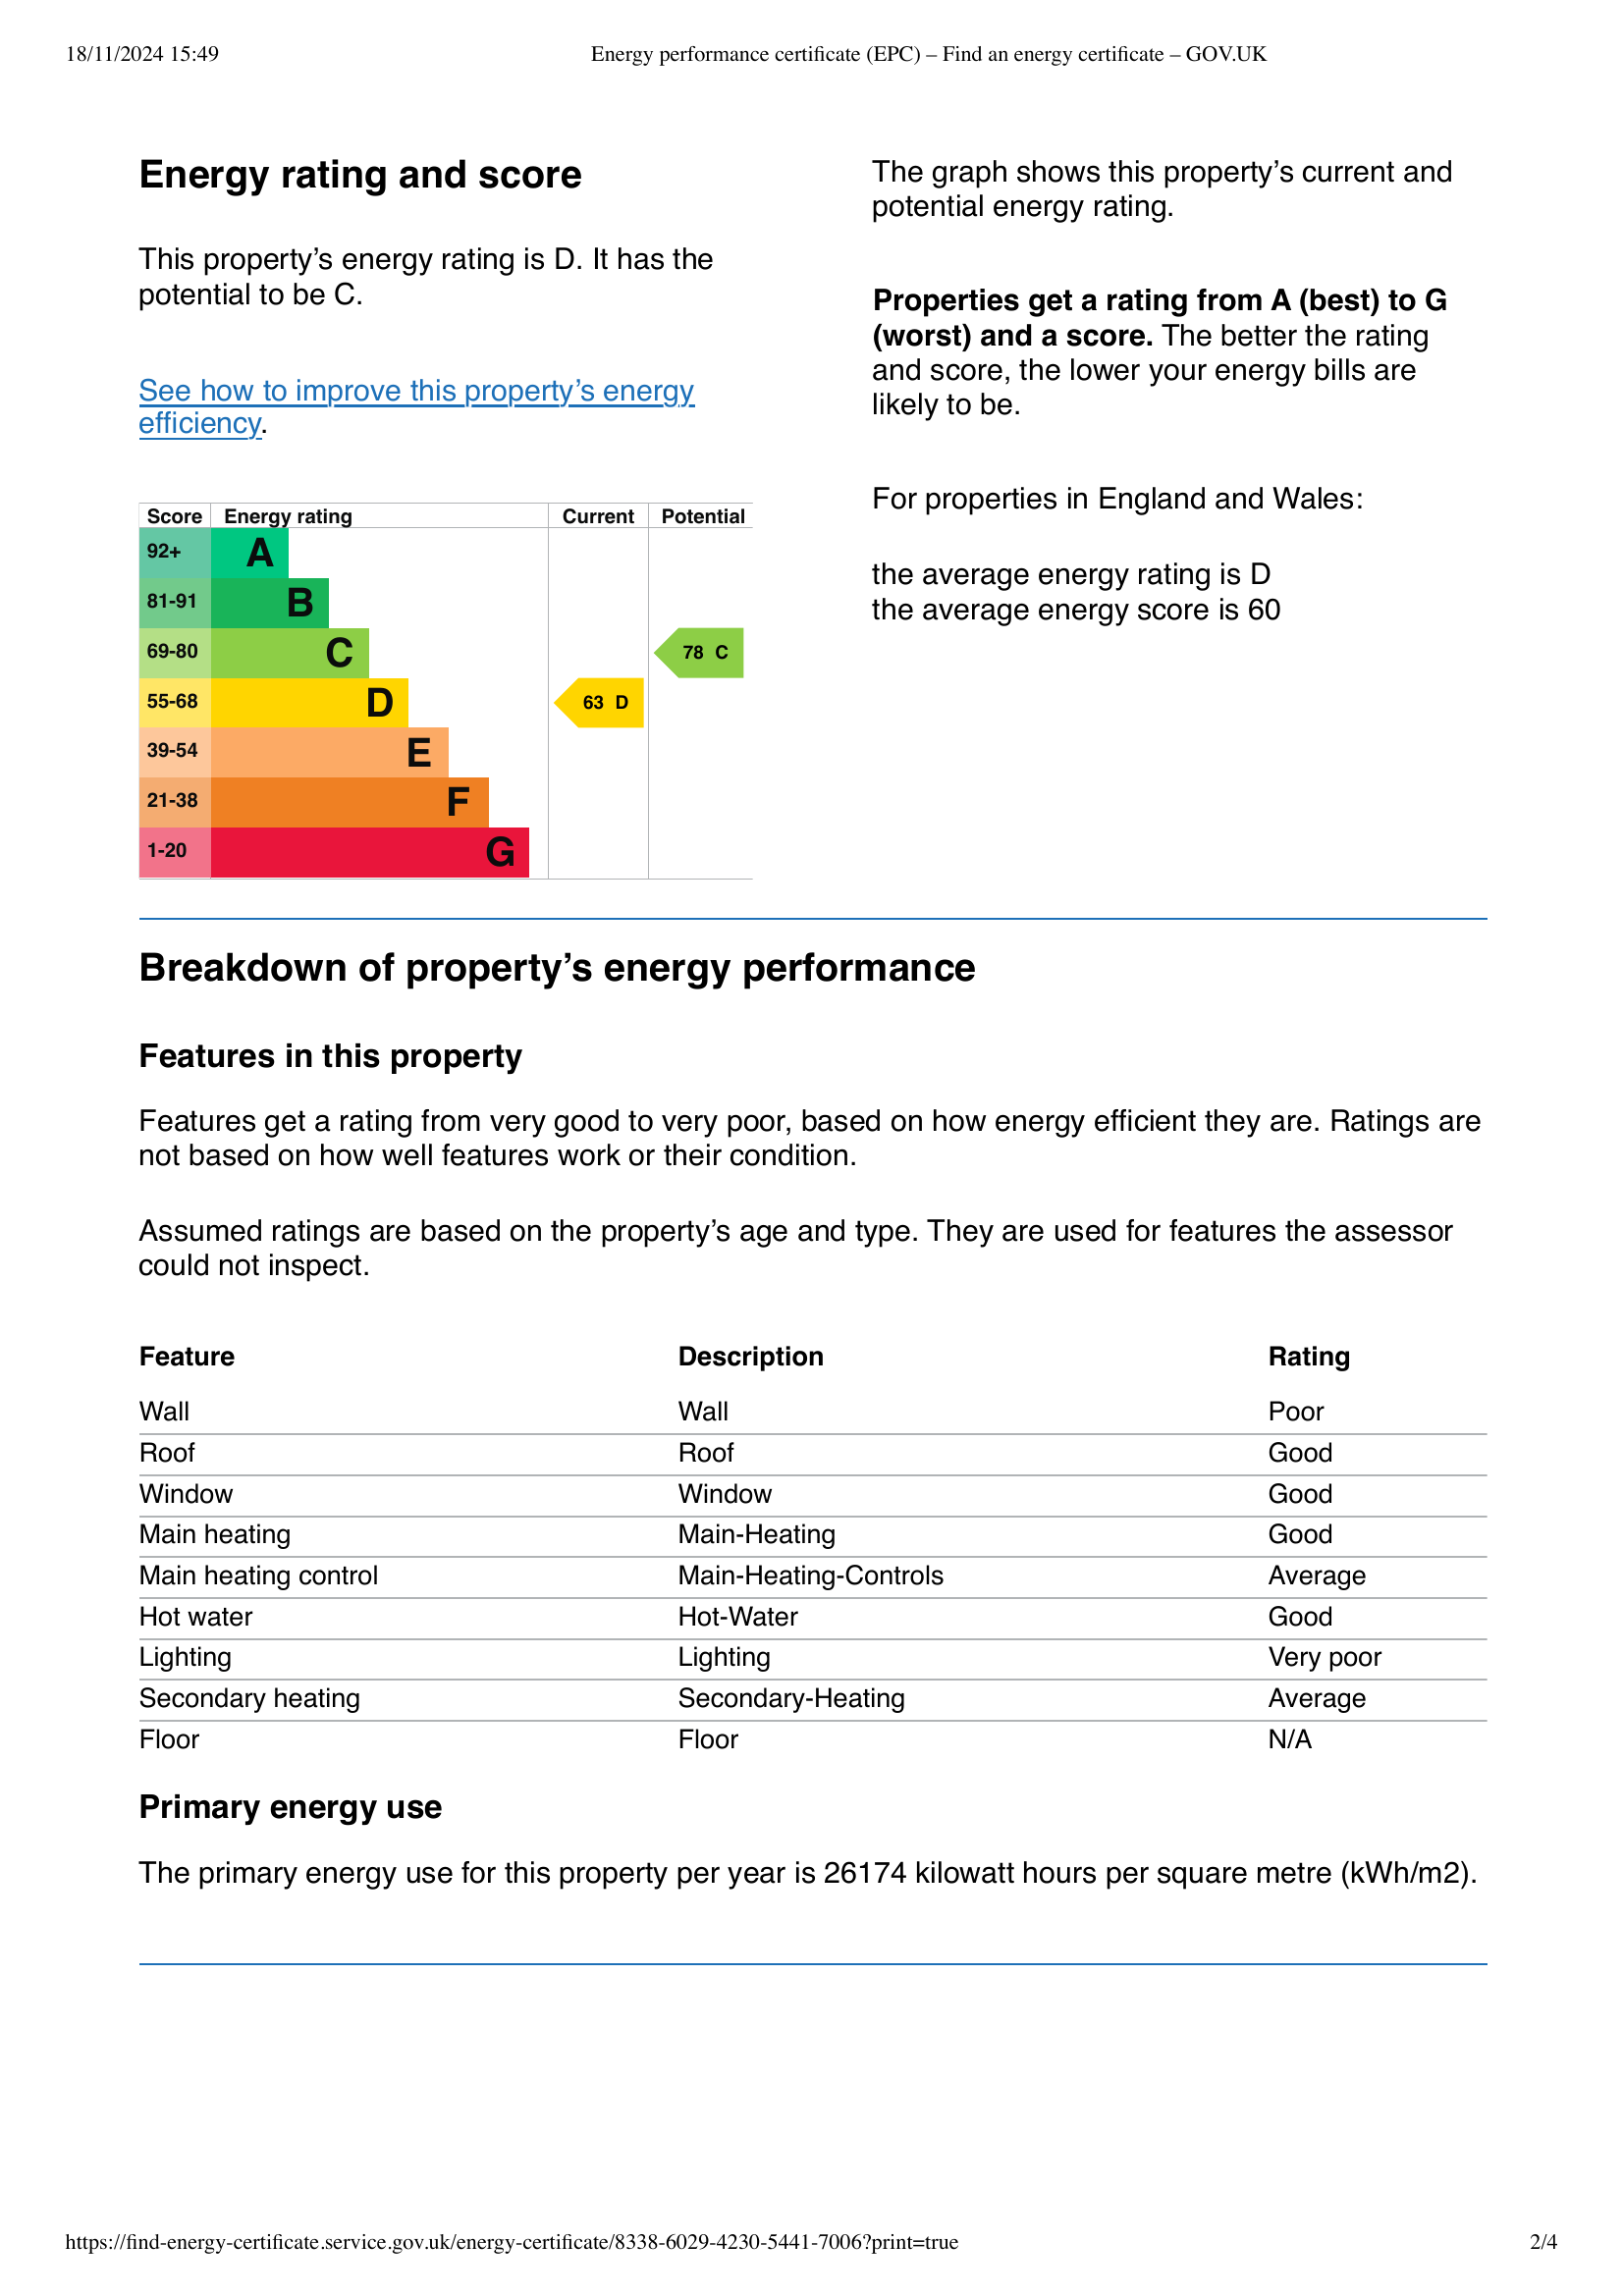
Current energy efficiency rating: D (score 63)
Potential energy efficiency rating: C (score 78)
Current environmental impact (CO2) rating: D (score )
Potential environmental impact (CO2) rating: C (score )